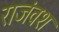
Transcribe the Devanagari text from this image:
राजंवश